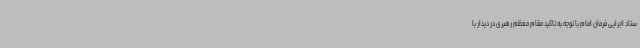
ستاد اجرایی فرمان امام با توجه به تاکید مقام معظم رهبری در دیدار با